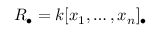
R _ { \bullet } = k [ x _ { 1 } , \ldots , x _ { n } ] _ { \bullet }